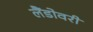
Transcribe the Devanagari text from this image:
लैंडोवरी